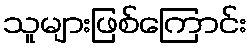
သူများဖြစ်ကြောင်း